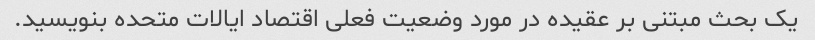
یک بحث مبتنی بر عقیده در مورد وضعیت فعلی اقتصاد ایالات متحده بنویسید.